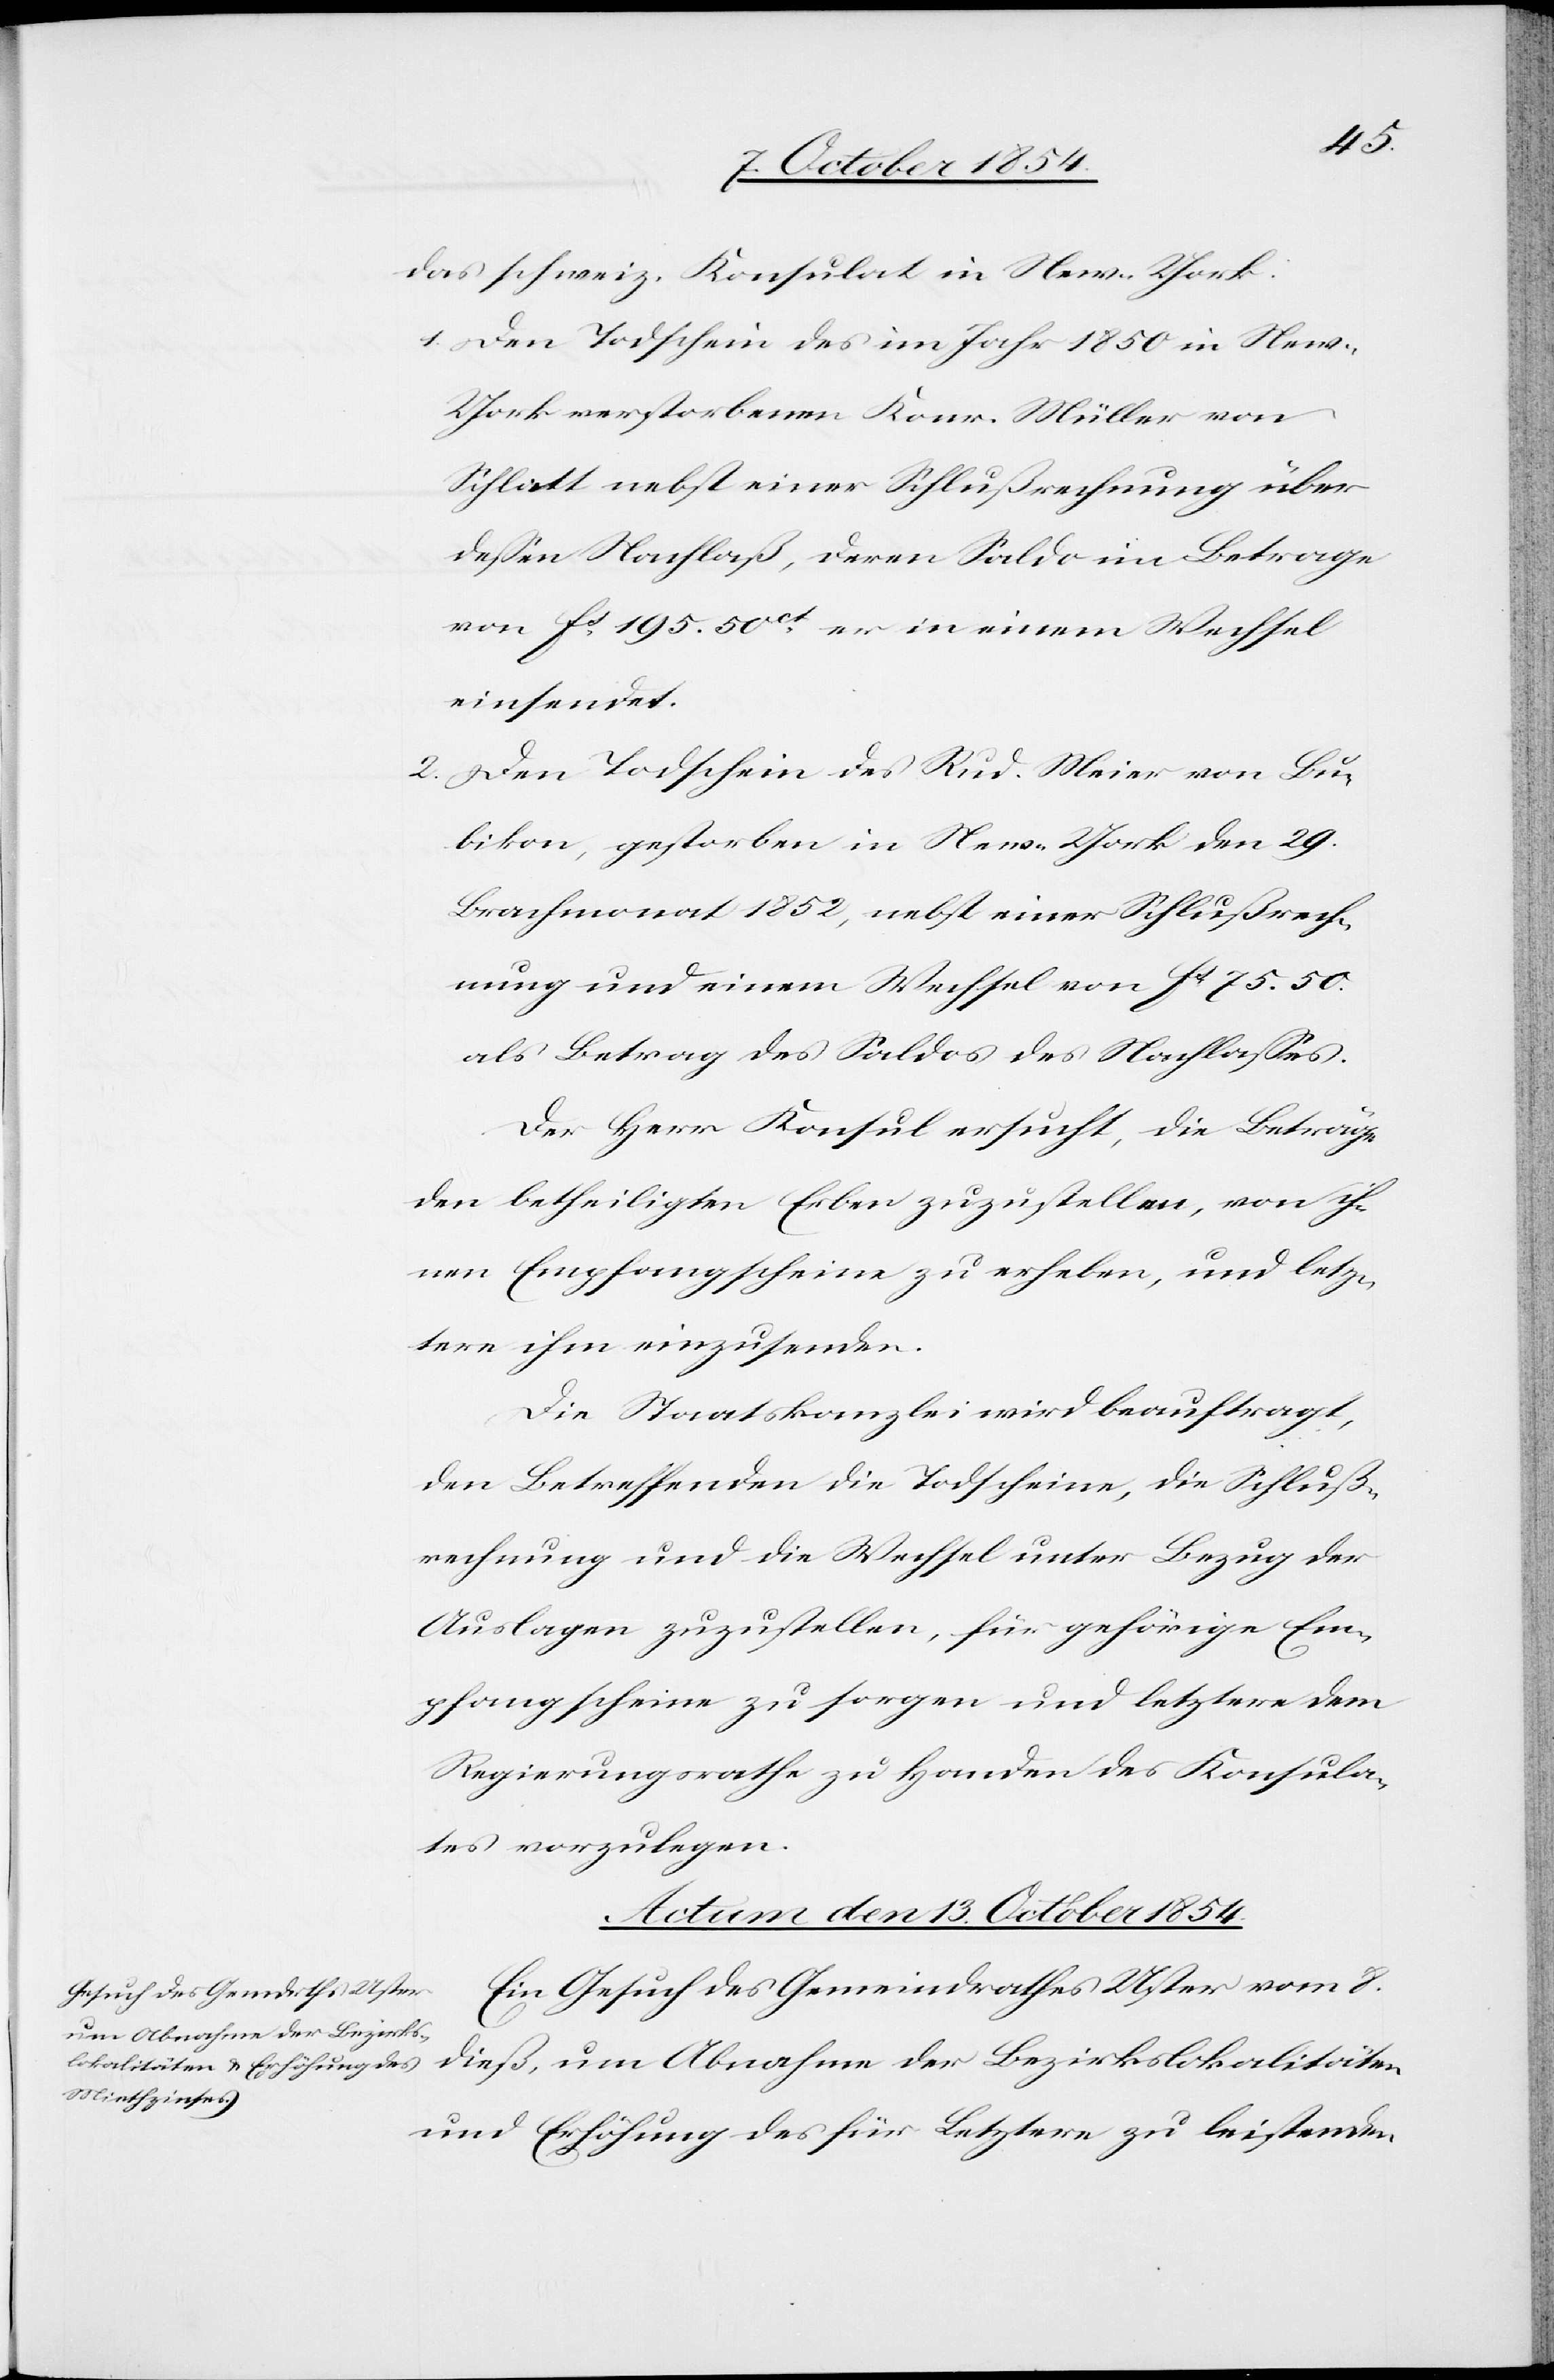
das schweiz. Konsulat in New-York:
1. Den Todschein des im Jahr 1850 in Ne¬
w-York verstorbenen Konr. Müller von
Schlatt nebst einer Schlußrechnung über
deßen Nachlaß, deren Saldo im Betrage
kalitäten
von Fs 195. 50ct er in einem Wechsel
einsendet.
2. Den Todschein des Rud. Meier von Bu¬
bikon, gestorben in New-York den 29.
Brachmonat 1852, nebst einer Schlußrech¬
nung und einem Wechsel von Fs 75. 50.
als Betrag des Saldos des Nachlaßes.
Der Herr Konsul ersucht, die Beträge
den betheiligten Erben zuzustellen, von ih¬
nen Empfangscheine zu erheben, und letz¬
tere ihm einzusenden.
Die Staatskanzlei wird beauftragt,
den Betreffenden die Todscheine, die Schluß¬
rechnung und die Wechsel unter Bezug der
Auslagen zuzustellen, für gehörige Em¬
pfangscheine zu sorgen und letztere dem
Regierungsrathe zu Handen des Konsula¬
tes vorzulegen.
Actum, den 13. October 1854.
Ein Gesuch des Gemeindrathes Uster vom 8.
um Abnahme der Bezirkslo¬
und Erhöhung des für Letztere zu leistenden